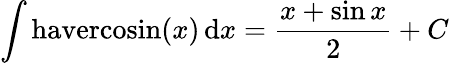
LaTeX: \int\mathrm{havercosin}(x)\, \mathrm{d}x={\frac{x+\sin{x}}{2}}+C